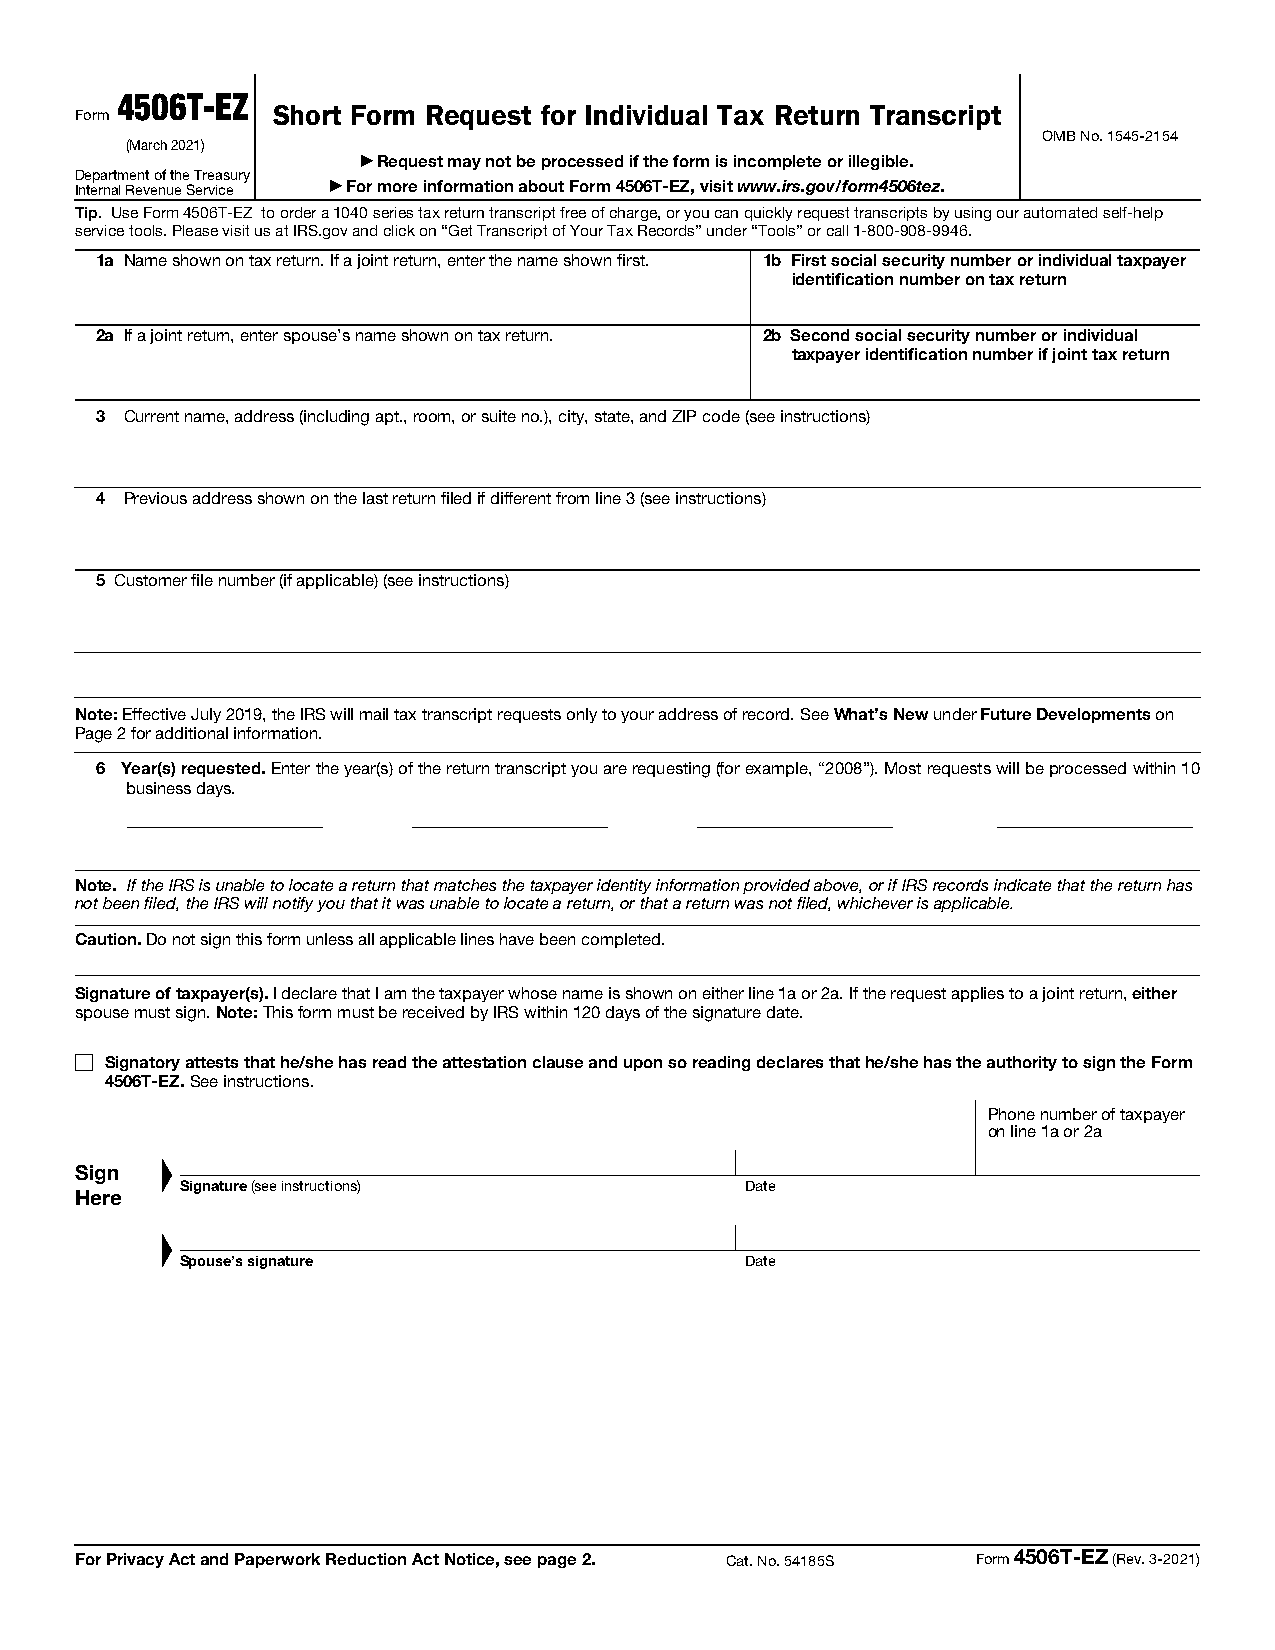
4506T-EZ
 Form         Short Form Request for Individual Tax Return Transcript
 OMB No. 1545-2154
 (March 2021)
 ▶ Request may not be processed if the form is incomplete or illegible.
 Department of the Treasury
 Internal Revenue Service ▶ For more information about Form 4506T-EZ, visit www.irs.gov/form4506tez.
 Tip. Use Form 4506T-EZ to order a 1040 series tax return transcript free of charge, or you can quickly request transcripts by using our automated self-help
 service tools. Please visit us at IRS.gov and click on “Get Transcript of Your Tax Records” under “Tools” or call 1-800-908-9946.
 1a Name shown on tax return. If a joint return, enter the name shown first. 1b First social security number or individual taxpayer
 identification number on tax return
 2a If a joint return, enter spouse’s name shown on tax return. 2b Second social security number or individual
 taxpayer identification number if joint tax return
 3 Current name, address (including apt., room, or suite no.), city, state, and ZIP code (see instructions)
 4 Previous address shown on the last return filed if different from line 3 (see instructions)
 5 Customer file number (if applicable) (see instructions)
 Note: Effective July 2019, the IRS will mail tax transcript requests only to your address of record. See What’s New under Future Developments on
 Page 2 for additional information.
 6 Year(s) requested. Enter the year(s) of the return transcript you are requesting (for example, “2008”). Most requests will be processed within 10
 business days.
 Note. If the IRS is unable to locate a return that matches the taxpayer identity information provided above, or if IRS records indicate that the return has
 not been filed, the IRS will notify you that it was unable to locate a return, or that a return was not filed, whichever is applicable.
 Caution. Do not sign this form unless all applicable lines have been completed.
 Signature of taxpayer(s). I declare that I am the taxpayer whose name is shown on either line 1a or 2a. If the request applies to a joint return, either
 spouse must sign. Note: This form must be received by IRS within 120 days of the signature date.
 Signatory attests that he/she has read the attestation clause and upon so reading declares that he/she has the authority to sign the Form
 4506T-EZ. See instructions.
 Phone number of taxpayer
 on line 1a or 2a
 Sign
 Signature (see instructions)         Date
 Here
 Spouse’s signature                   Date
 For Privacy Act and Paperwork Reduction Act Notice, see page 2. Cat. No. 54185S Form 4506T-EZ (Rev. 3-2021)
 ▲
 ▲